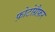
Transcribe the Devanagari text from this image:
फ़ोटोग्रैफ़र